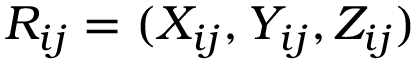
R _ { i j } = ( X _ { i j } , Y _ { i j } , Z _ { i j } )